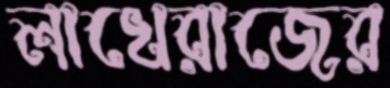
লাখেরাজের